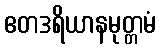
ဧတဒရိယာနမုတ္တမံ